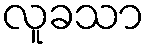
လူခသာ